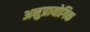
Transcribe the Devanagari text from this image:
अनुप्रायोगिक